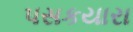
પસકયારા